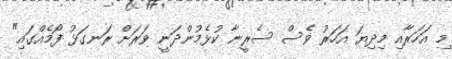
މި އަހަރާއި މިދިޔަ އަހަރު ވެސް ސެރީނާ ކުޅެމުންދަނީ ވަރަށް ރަނގަޅު ފޯމެއްގައި"